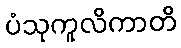
ပံသုကူလိကာတိ